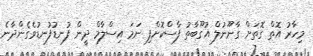
މިހާރު އޮތް ގޮތަށް ގާނޫނުލް އުގޫބާތު ފާސްކޮށްފި ނަމަ އިސްލާމް ދީން ފުނޑުފުނޑުވެގެންދާނެ